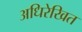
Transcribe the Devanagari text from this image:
अधिरेखित